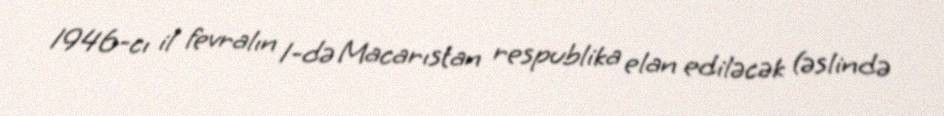
1946-cı il fevralın 1-də Macarıstan respublika elan ediləcək (əslində